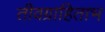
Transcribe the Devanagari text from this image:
तीवग्राहिताभ